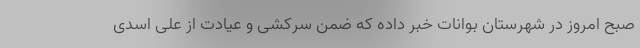
صبح امروز در شهرستان بوانات خبر داده که ضمن سرکشی و عیادت از علی اسدی